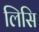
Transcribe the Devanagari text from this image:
लिसि